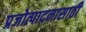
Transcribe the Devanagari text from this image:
प्रजोत्पादनासाठी